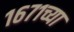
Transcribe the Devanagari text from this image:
१६७१च्या